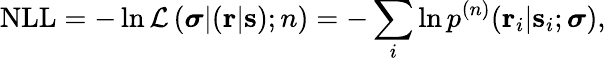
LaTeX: \textrm{NLL}=-\ln\mathcal{L}\left(\boldsymbol{\sigma}|(\mathbf{r}|\mathbf{s});n\right)=-\sum_{i}\ln p^{(n)}(\mathbf{r}_{i}|\mathbf{s}_{i};\boldsymbol{\sigma}),